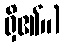
ရှိ၏။)